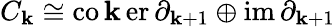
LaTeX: C_{\mathbf{k}}\cong\operatorname{co\mathbf{k}er}\partial_{\mathbf{k}+1}\oplus\operatorname{im}\partial_{\mathbf{k}+1}